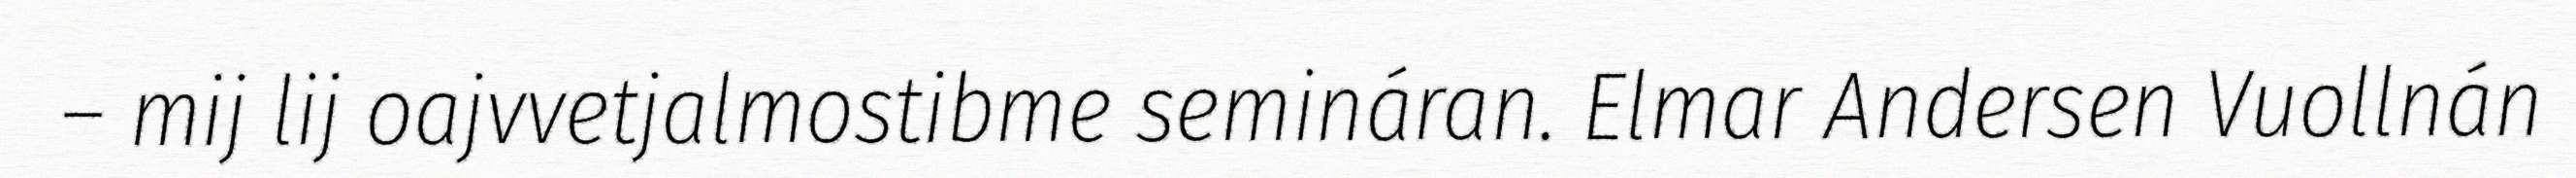
– mij lij oajvvetjalmostibme semináran. Elmar Andersen Vuollnán